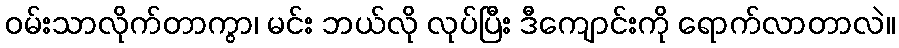
ဝမ်းသာလိုက်တာကွာ၊ မင်း ဘယ်လို လုပ်ပြီး ဒီကျောင်းကို ရောက်လာတာလဲ။